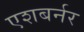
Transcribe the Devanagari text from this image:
एशबर्नर